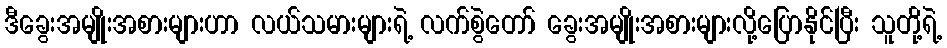
ဒီခွေးအမျိုးအစားများဟာ လယ်သမားများရဲ့ လက်စွဲတော် ခွေးအမျိုးအစားများလို့ပြောနိုင်ပြီး သူတို့ရဲ့